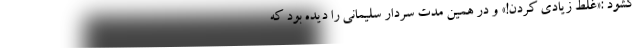
گشود :«غلط زیادی کردن!» و در همین مدت سردار سلیمانی را دیده بود که